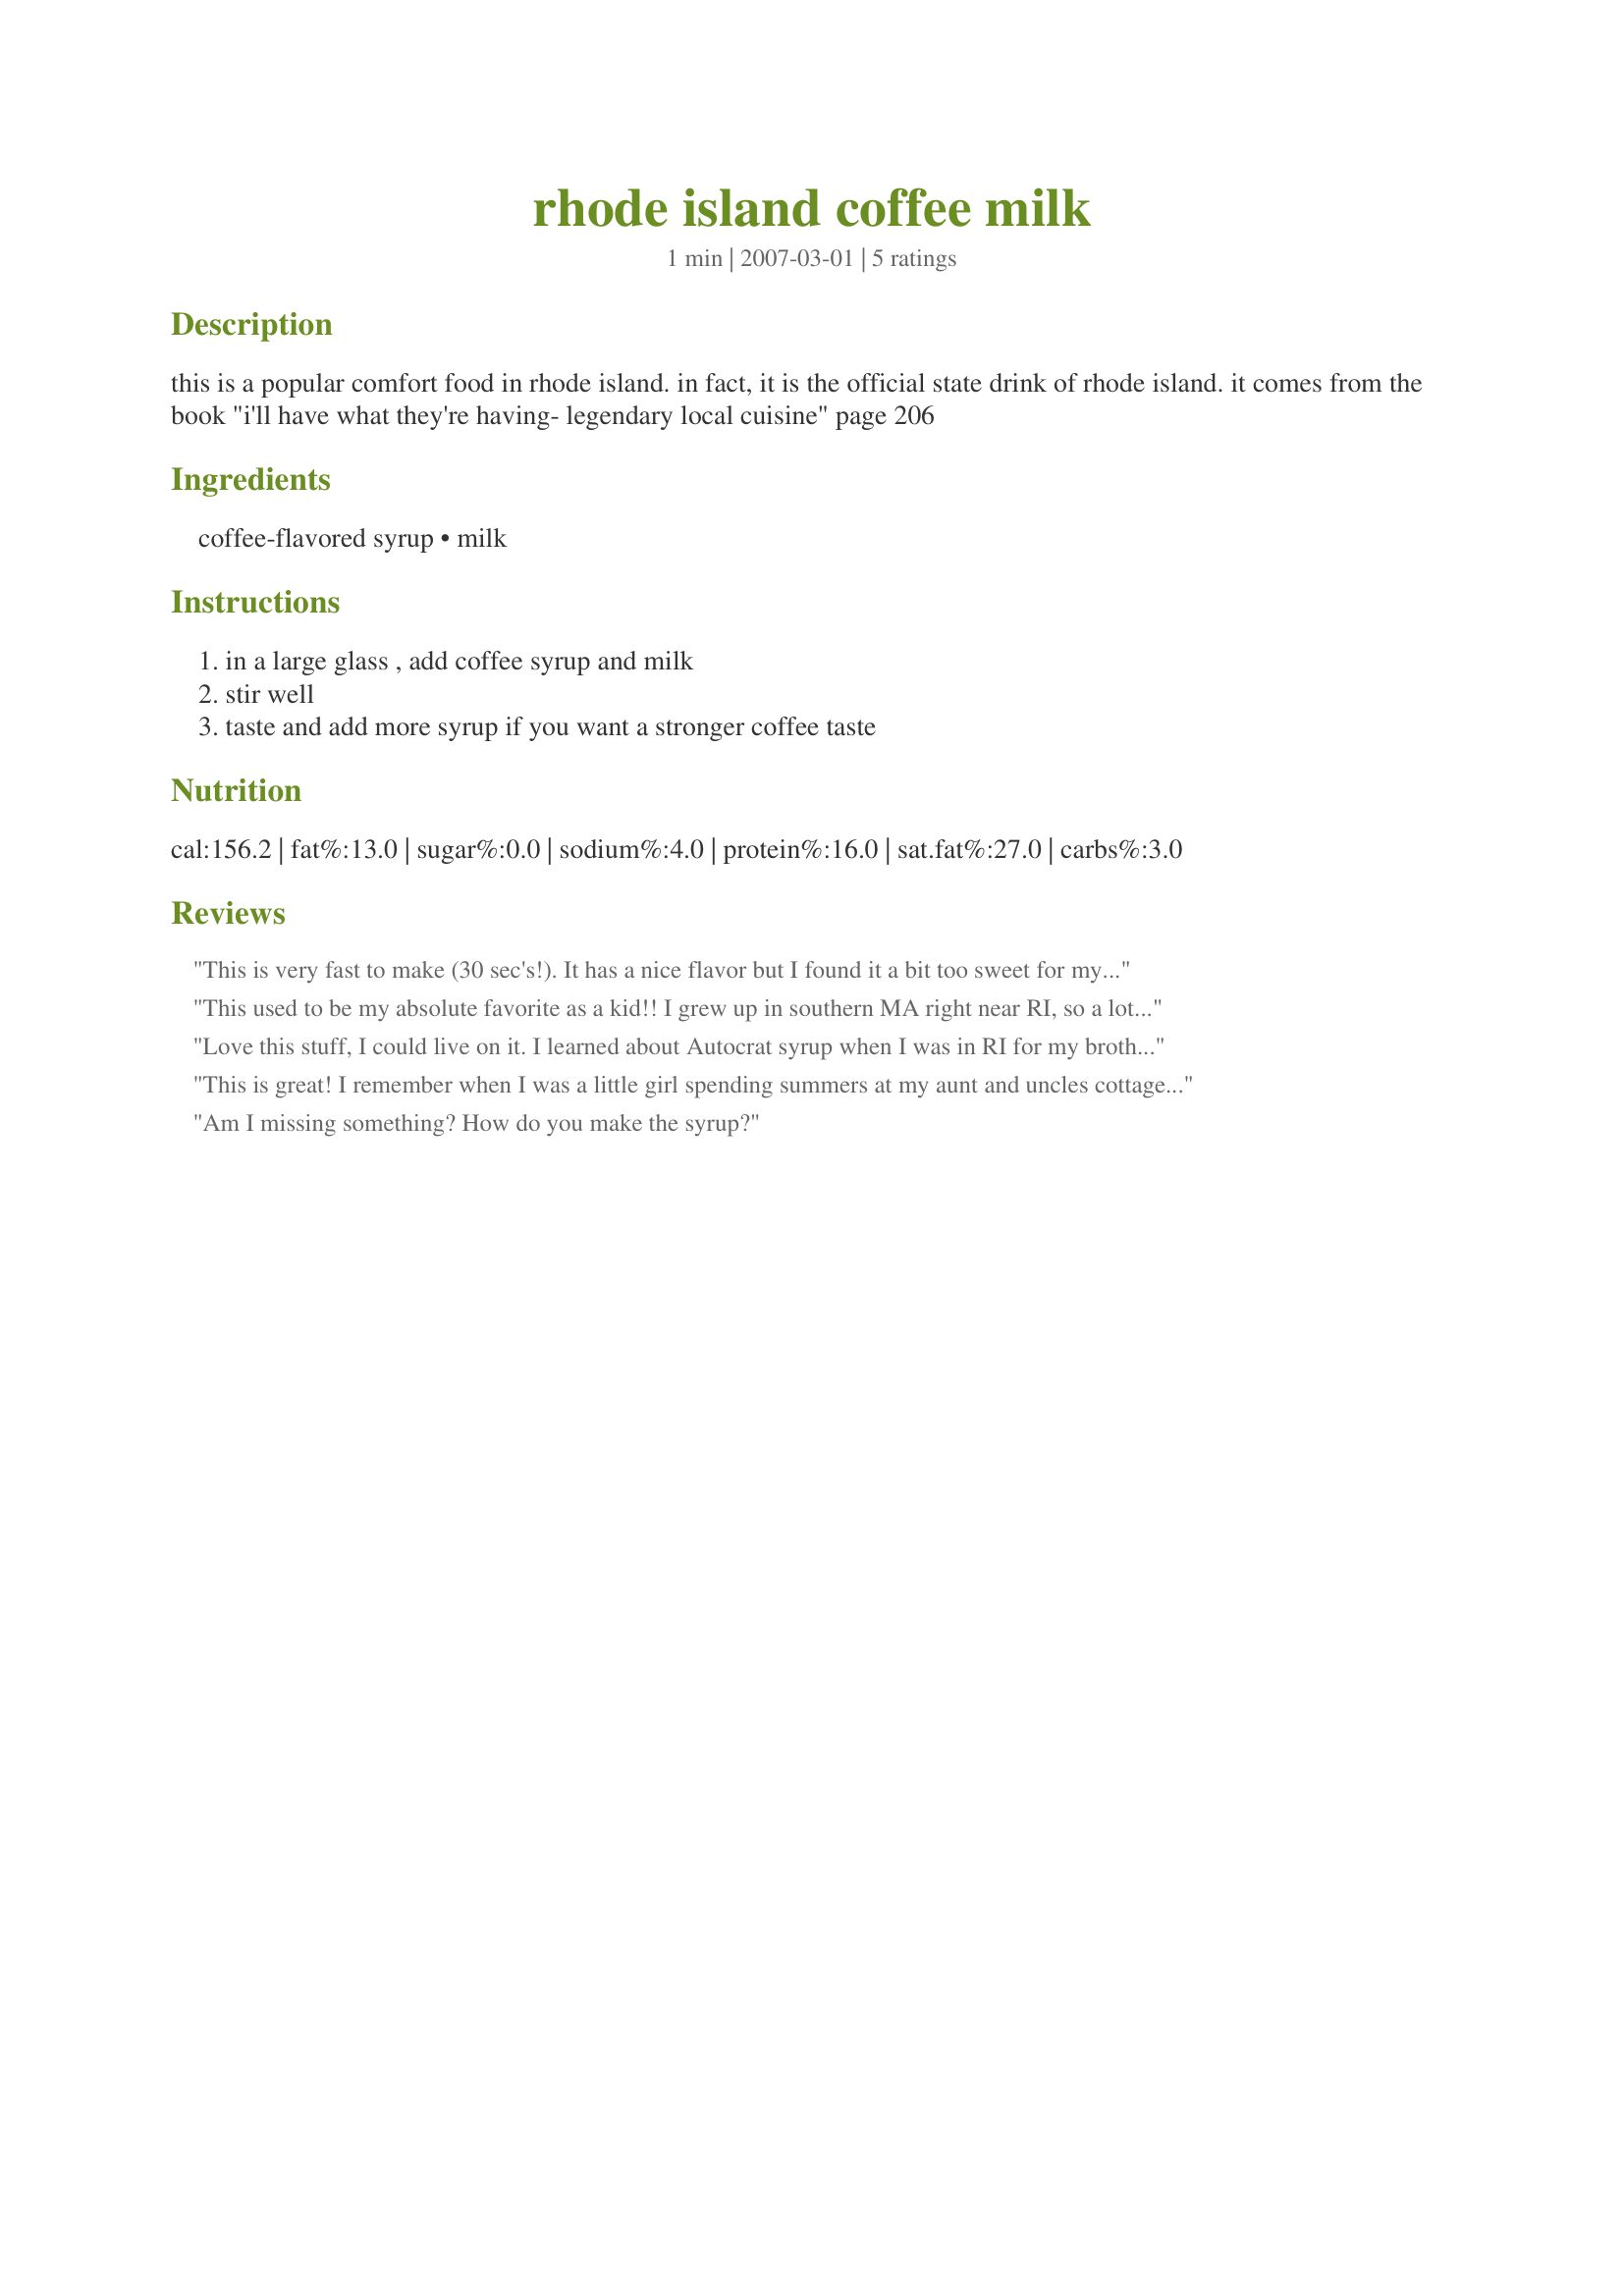
rhode island coffee milk
Preparation time: 1 minutes

this is a popular comfort food in rhode island. in fact, it is the official state drink of rhode island. it comes from the book "i'll have what they're having- legendary local cuisine" page 206

Ingredients:
coffee-flavored syrup, milk

Steps:
in a large glass , add coffee syrup and milk, stir well, taste and add more syrup if you want a stronger coffee taste

Reviews:
This is very fast to make (30 sec's!). It has a nice flavor but I found it a bit too sweet for my taste but quite nice on a summer afternoon. Thanks for for posting.
This used to be my absolute favorite as a kid!! I grew up in southern MA right near RI, so a lot of the foods are the same. We too used to use Autocrat syrup to make these. Even better than chocolate milk. Thanks for taking me back to my childhood! :)
Love this stuff, I could live on it. I learned about Autocrat syrup when I was in RI for my brother's wedding and have had it every day since. Autocrat has another coffee syrup on their website that they say isn't as sweet if your taste is similar to Annacia's.
This is great! I remember when I was a little girl spending summers at my aunt and uncles cottage in Indiana, and this reminds me of how my uncle always took his coffee. It was like 2 tbsp of coffee and the rest milk. We always thought it was funny that he even called it coffee. Thanks ~Laury~ for bringing back the memories.
Am I missing something? How do you make the syrup?
